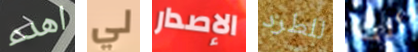
اهدء لي الإصدار للطرد أنت